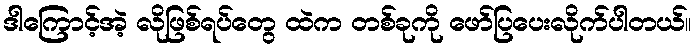
ဒါကြောင့်အဲ့ လိုဖြစ်ရပ်တွေ ထဲက တစ်ခုကို ဖော်ပြပေးလိုက်ပါတယ်။